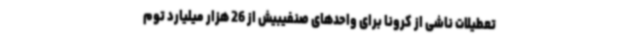
تعطیلات ناشی از کرونا برای واحدهای صنفیبیش از 26 هزار میلیارد توم